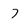
Character: 7